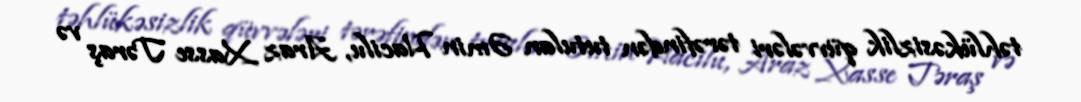
təhlükəsizlik qüvvələri tərəfindən tutulan Əmin Hacilu, Araz Xasse Təraş və